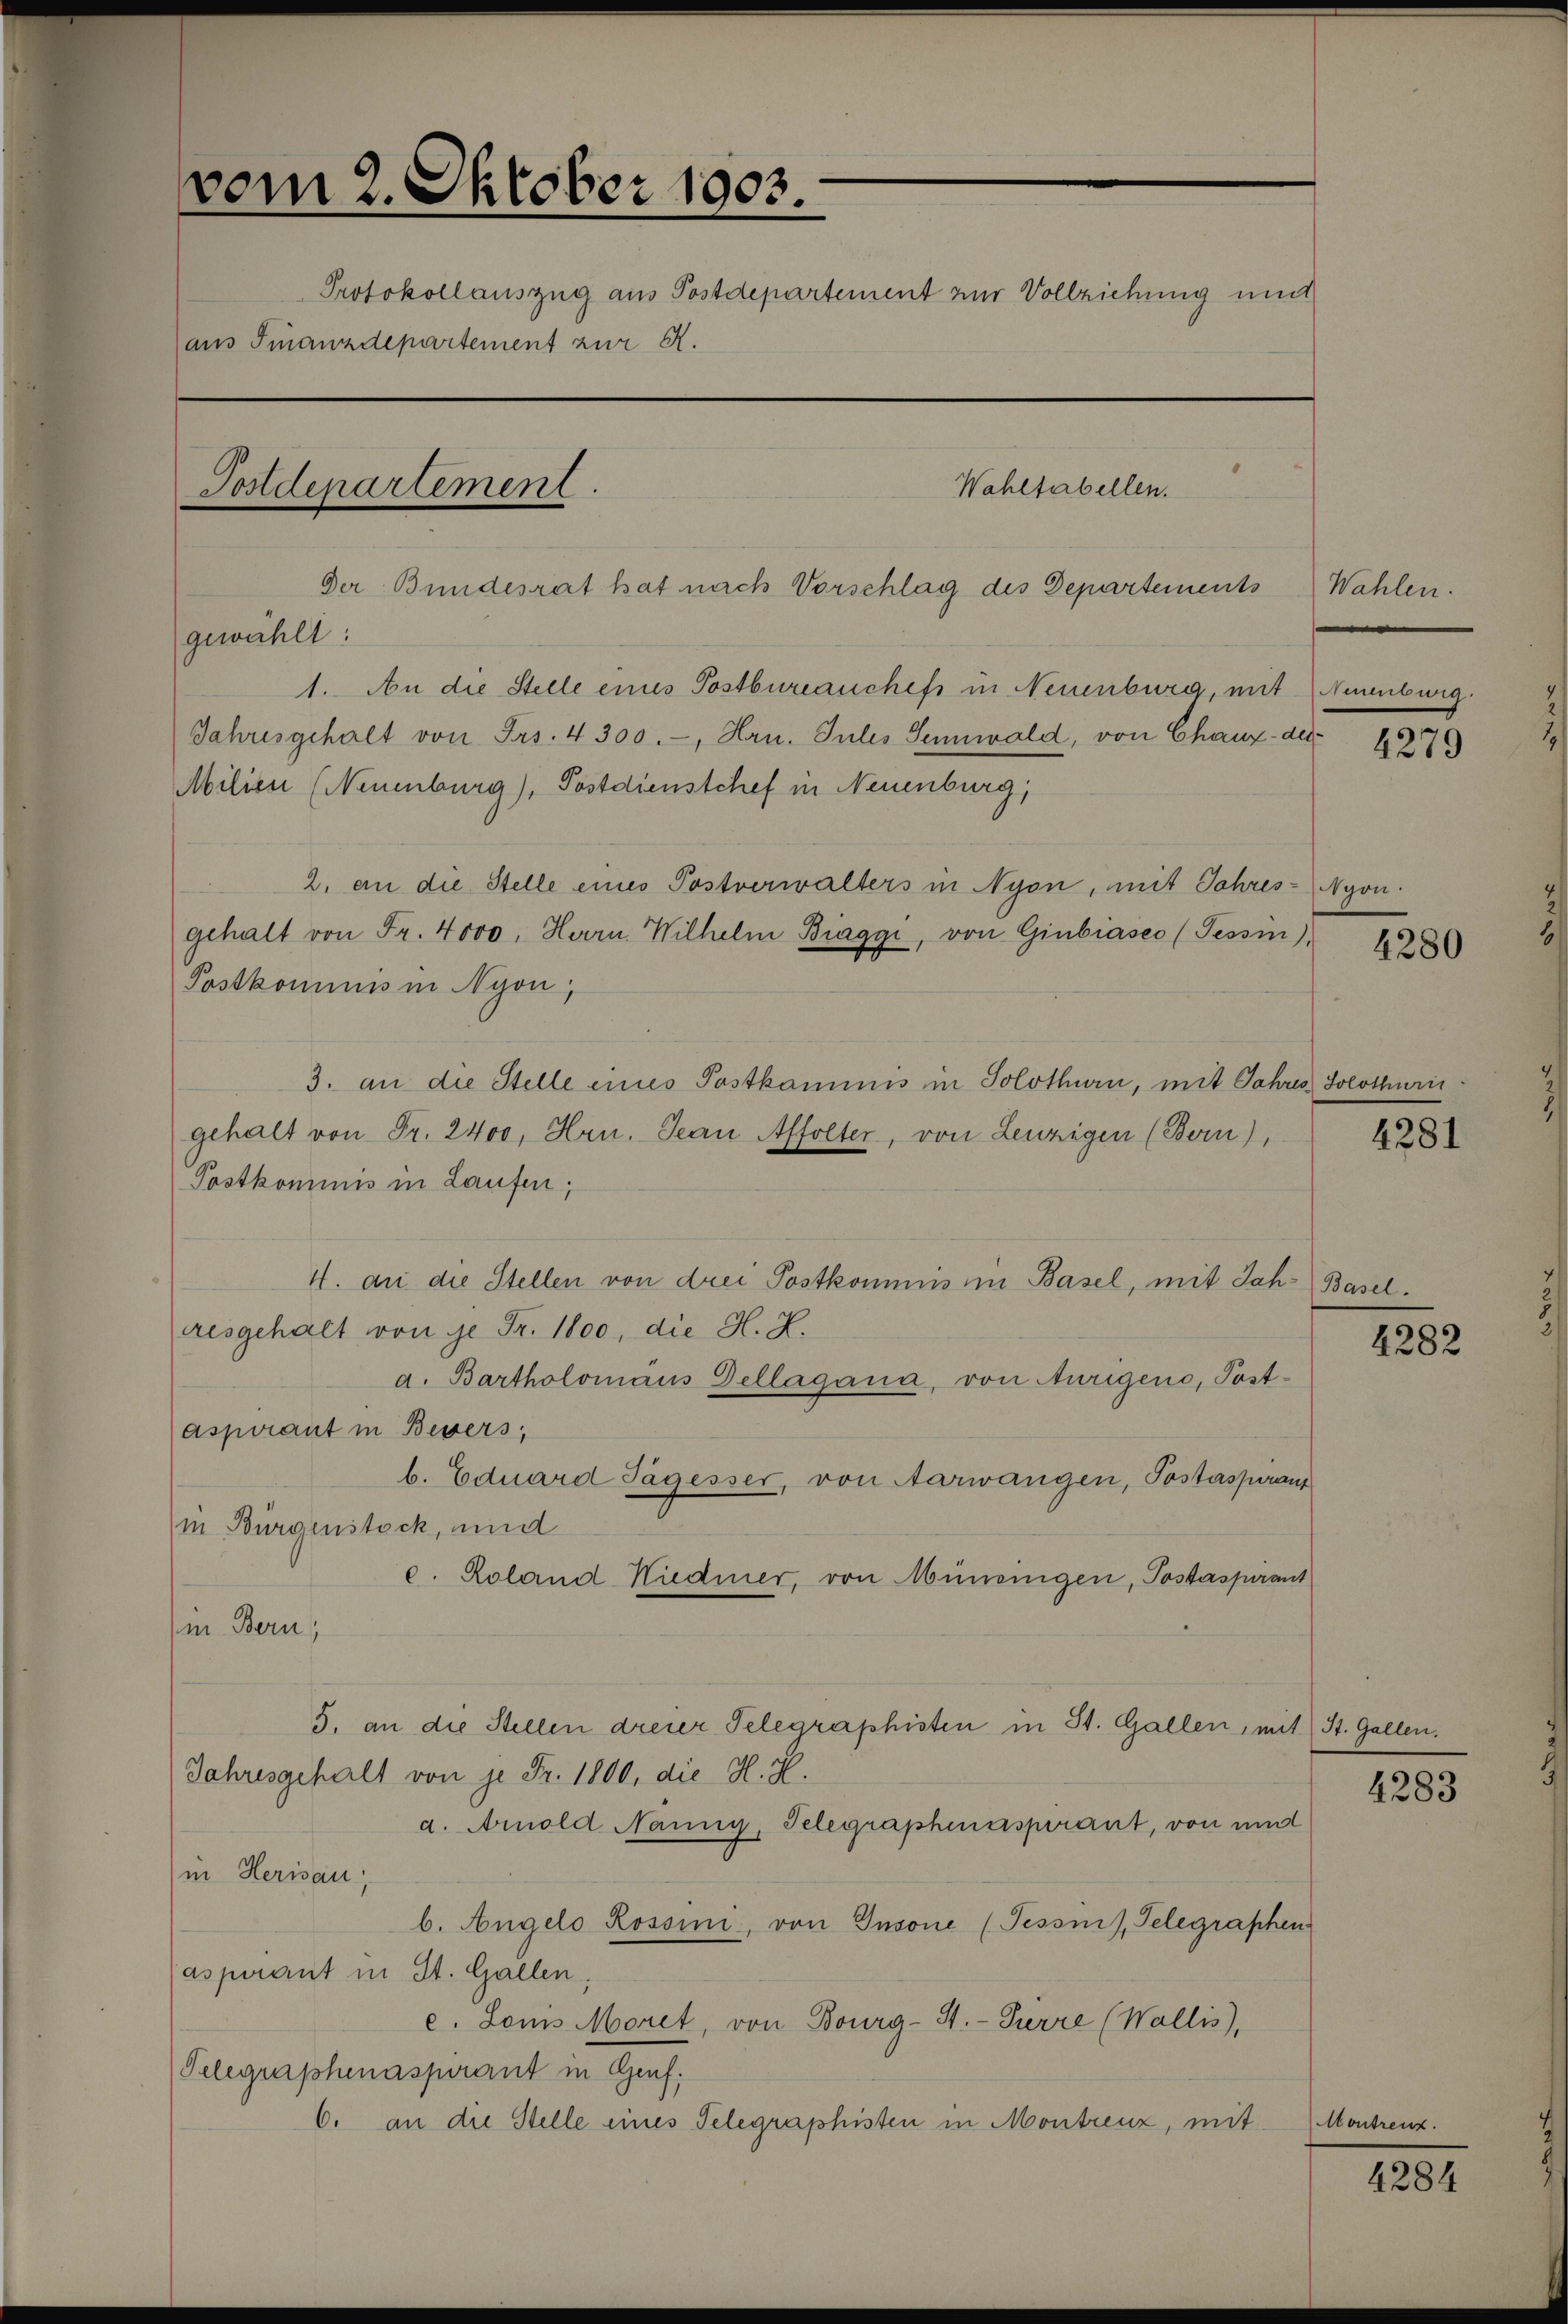
vom 2. Oktober 1803.
Protokollauszug aus Postdepartement zur Vollziehung mit
aus Finanzdepartement zur A.
Wahltabellen.
Postdepartement.
Der Bundesrat hat nach Vorschlag des Departements
gewählt:
1. An die Stelle eines Postbureauchefs in Neuenburg, mit Neuenburg.
Jahresgehalt von Frs. 4300.-, Hrn. Julis Sennwald, von Chaux-der¬
Milien (Neuenburg), Postdienstchef in Neuenburg,

gehalt von Fr. 4000. Herrn Wilhelm Biaggi, von Giubiasco (Tessin)
Postkommnis in Nyon,
3. an die Stelle eines Postkammnis in Solothurn, mit Jahres Solothurigehalt von Fr. 2400, Hrn. Jean Affolter, von Leuzigen (Bern),
Postkommnis in Laufen;
4. an die Stellen von drei Postkommis in Basel, mit Jah-Baselresgehalt von je Fr. 1000, die H. H.
d. Bartholomans Dellagana, von Aurigene, Postaspirant in Bevers
b. Eduard Tagesser, von Aarwangen, Postasperaus
in Bürgenstock, ind
c. Roland Niedmer, von Münenigen, Postaspirant
i Bern,
5. an die Stellen dreier Telegraphisten in St. Gallen, mit St. Gallen.
Jahresgehalt von je Fr. 1800, die H. H.
d. Arnold Nannig, Telegraphenaspirant, von unt
in Herisau;
b. Angelo Rossini, von Insone (Tessis Telegraphen
aspirant in St. Gallen,
e. Louis Moret, von Bourg-St.-Pierre (Wallis),
Telegraphenaspirant in Genf,
6. an die Stelle eines Telegraphisten in Montreuz, mit

2. an die Stelle eines Postverwalters in Nyon, mit Jahres-Nyon

Wahlen.

4279

4280

4281

4282

4283

Montreuz.

1231